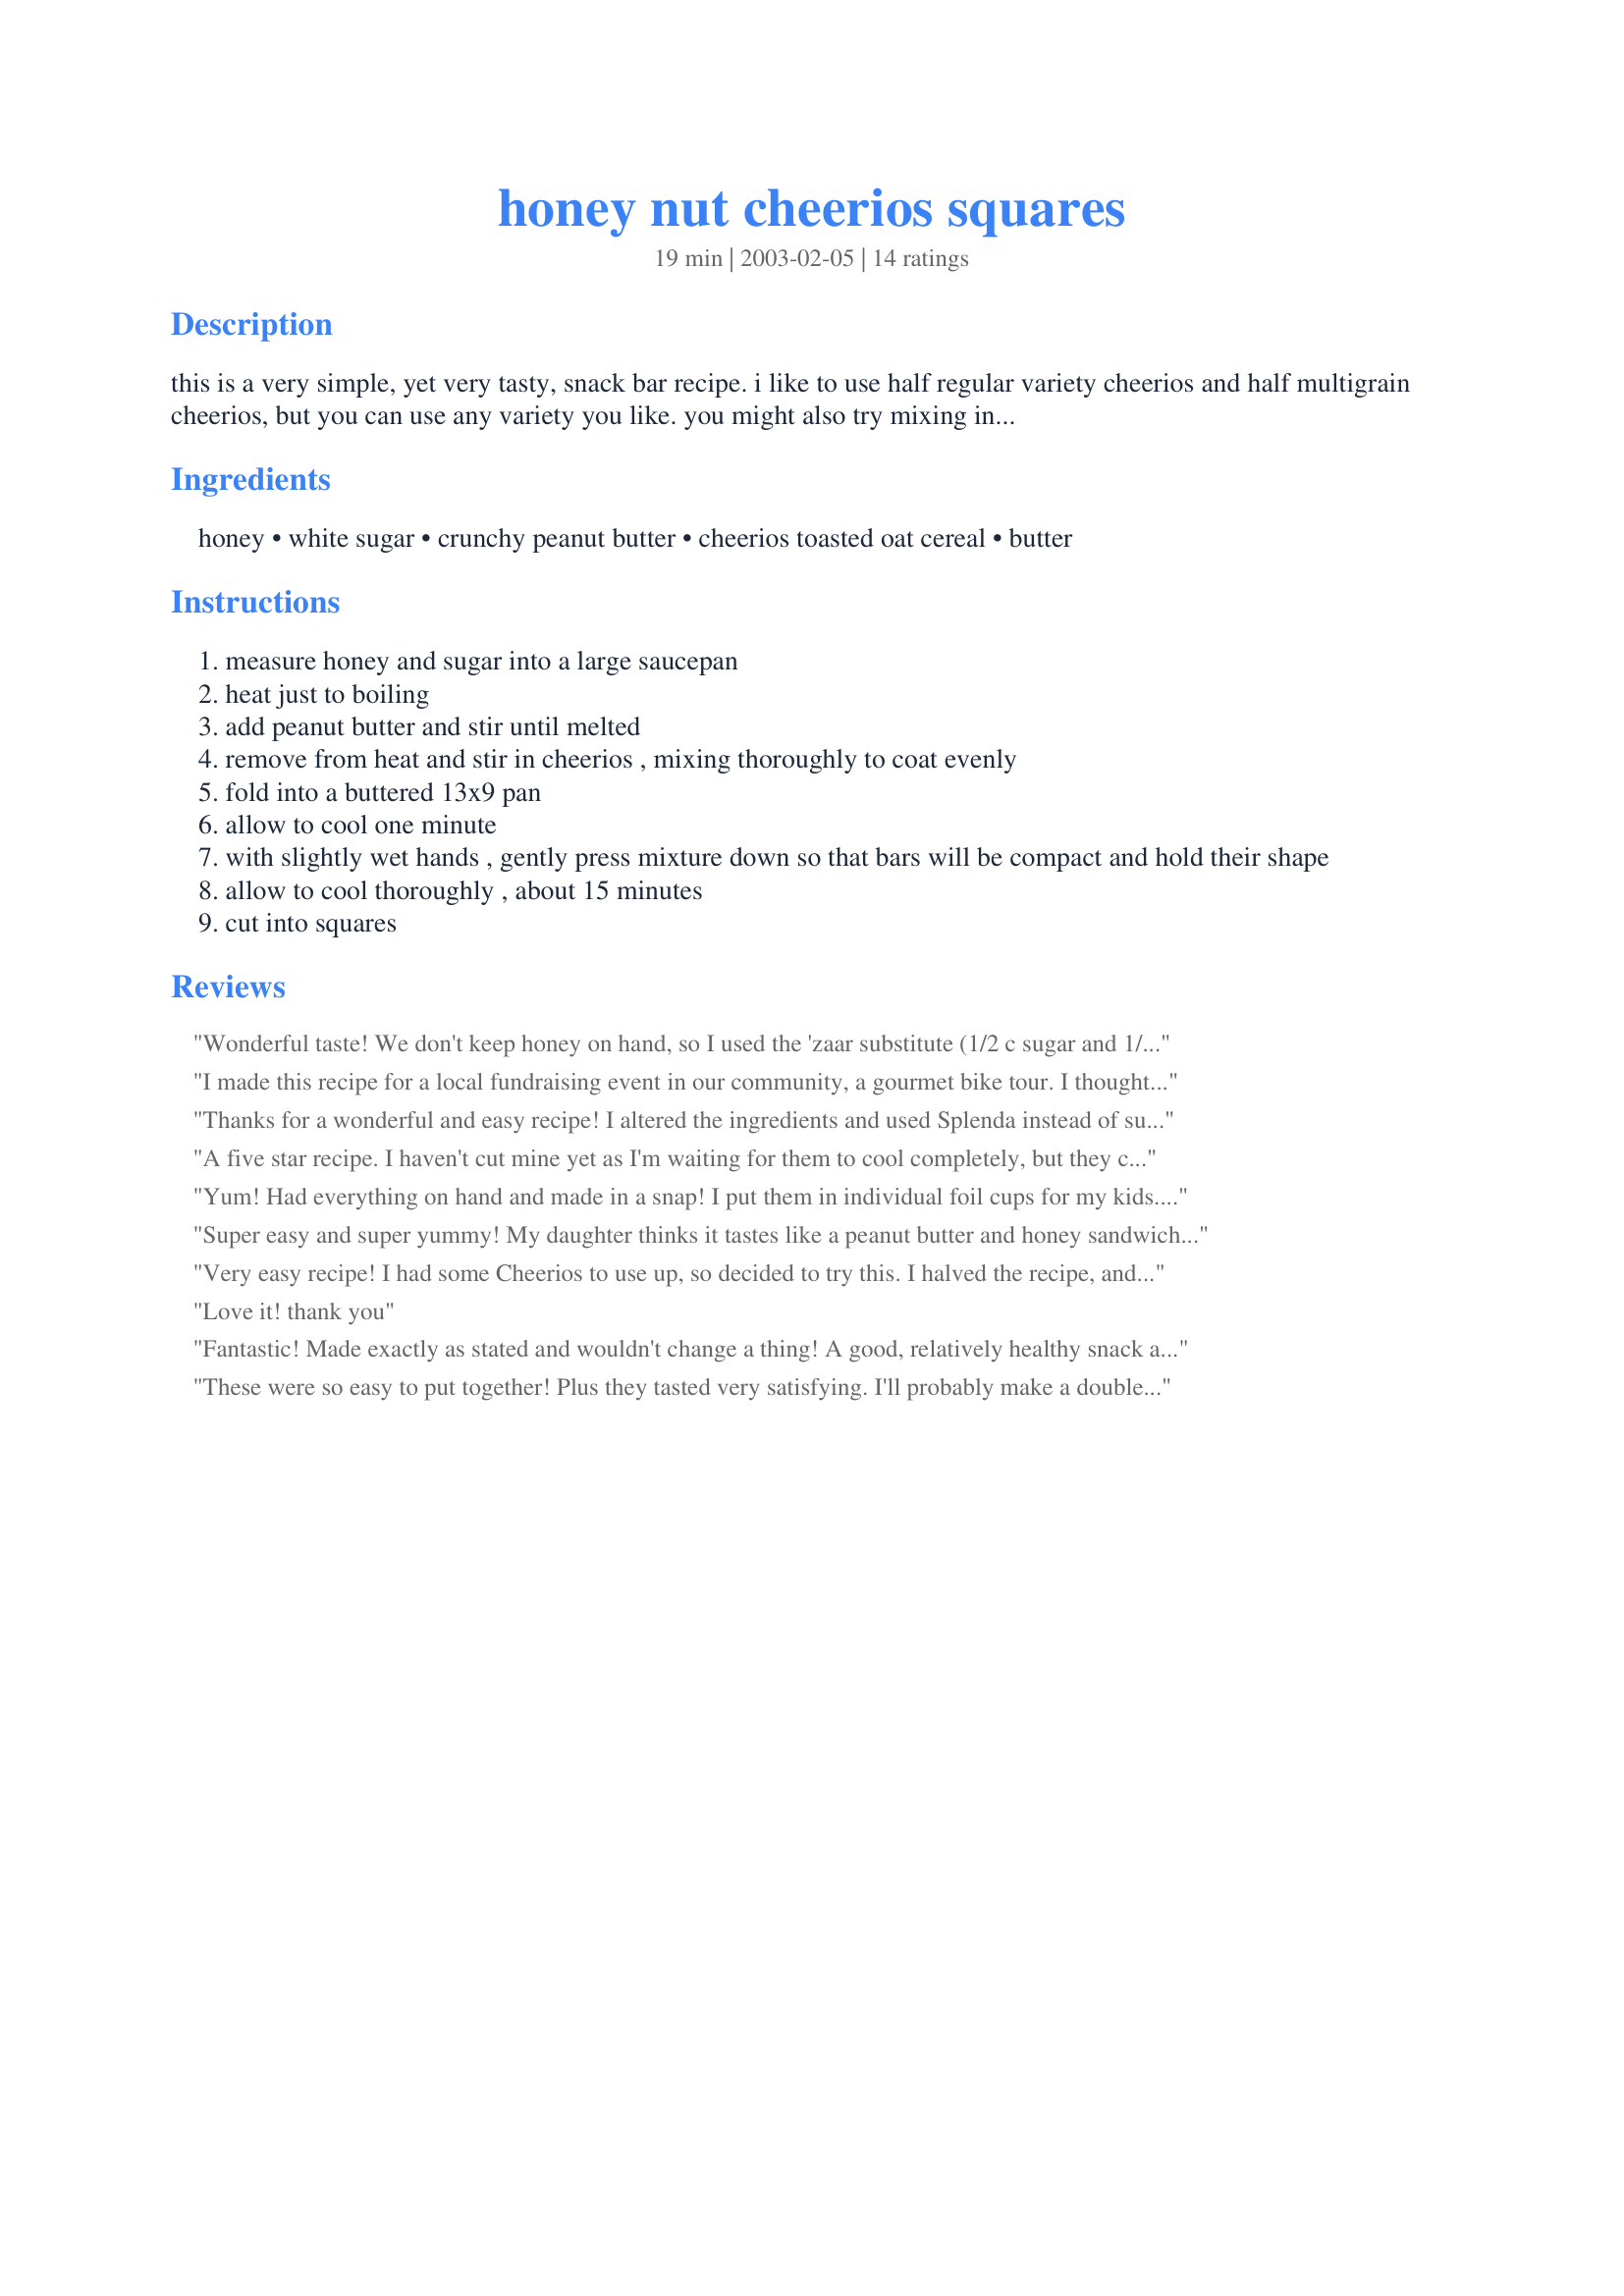
honey nut cheerios squares
Preparation time: 19 minutes

this is a very simple, yet very tasty, snack bar recipe. i like to use half regular variety cheerios and half multigrain cheerios, but you can use any variety you like. you might also try mixing in some dried fruit or chocolate chips, but i prefer them as is. especially if you use multigrain cheerios, this is a healthier bar than rice crispy treats. my whole family likes them, and they are great to make with kids. (obviously, supervision is needed for the stove with younger children, but an older child can make these themselves.) prep time includes cooling time.

Ingredients:
honey, white sugar, crunchy peanut butter, cheerios toasted oat cereal, butter

Steps:
measure honey and sugar into a large saucepan
heat just to boiling
add peanut butter and stir until melted
remove from heat and stir in cheerios , mixing thoroughly to coat evenly
fold into a buttered 13x9 pan
allow to cool one minute
with slightly wet hands , gently press mixture down so that bars will be compact and hold their shape
allow to cool thoroughly , about 15 minutes
cut into squares

Reviews:
Wonderful taste! We don't keep honey on hand, so I used the 'zaar substitute (1/2 c sugar and 1/8 c water.) I think there's a reason that it calls for honey instead of more sugar- mine didn't form bars, but made more of a granola mix. Still, a tasty way to eat cheerios.
I made this recipe for a local fundraising event in our community, a gourmet bike tour. I thought the recipe sounded good---high in energy, fiber, and fairly light tasting. The recipe was quick, easy, and they tasted good. (My spouse and I just taste tested them.) I also like how the recipe calls for ingredients that are usually available in any household. (nothing fancy, but semi-nutritious.)I guess the final test will be tomorrow when the bicyclists try them. : )
Thanks for a wonderful and easy recipe! I altered the ingredients and used Splenda instead of sugar, and used a reduced fat peanut butter. Also sprayed Pam on the pan in place of butter. We have to watch our sugar intake, but can enjoy this delightful treat!
A five star recipe. I haven't cut mine yet as I'm waiting for them to cool completely, but they came together so easily & with such little effort! I used Splenda & natural chunky PB-also skipped the butter. I used all multi-grain cheeerios for the fiber. Am looking forward to biting into one of these babies soon!
Yum! Had everything on hand and made in a snap! I put them in individual foil cups for my kids. Used natural peanut butter. Halved the recipe because I only had a few cheerios left in a box.
Super easy and super yummy! My daughter thinks it tastes like a peanut butter and honey sandwich! We used creamy peanut butter.
Very easy recipe! I had some Cheerios to use up, so decided to try this. I halved the recipe, and made these into little cups of treats instead of squares. I also added a handful of chopped roasted peanuts for a bit of crunch and drizzled with chocolate glaze (recipe #89594). Thanks!
Love it! thank you
Fantastic! Made exactly as stated and wouldn't change a thing! A good, relatively healthy snack alternative for the kids. Love that the recipe uses honey rather than corn syrup, the honey also gave the squares a great flavor. They store well, unlike marshmallow snack squares. I'll make these again and again! Thanks for sharing the recipe!
These were so easy to put together! Plus they tasted very satisfying. I'll probably make a double batch and send them to work with hubby. Thanks for the recipe.
I make these often, however I normally doubled this recipe and put it in a cookie sheet pan which gives you thicker bars.
Super GREAT taste! My kids are going to love these. This recipe is a keeper and so easy to make. I added a 1/4 C of choc. chips & they turned out so good. Thank you for sharing!
These are very yummy. I used 8 cups of cheerios and they are still plenty gooey.
I typically steer away from recipes with peanut butter in them but I thought I'd give this one a try. I was glad that I did, as these tasted great. They were so good they were gone in 24 hours! Quick and easy to make.
